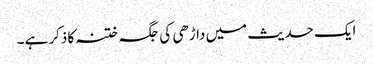
ایک حدیث میں داڑھی کی جگہ ختنہ کا ذکر ہے۔